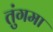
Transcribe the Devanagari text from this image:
तुंगमा